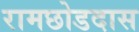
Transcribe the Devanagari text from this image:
रामछोडदास